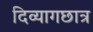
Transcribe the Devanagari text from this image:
दिव्यागछात्र